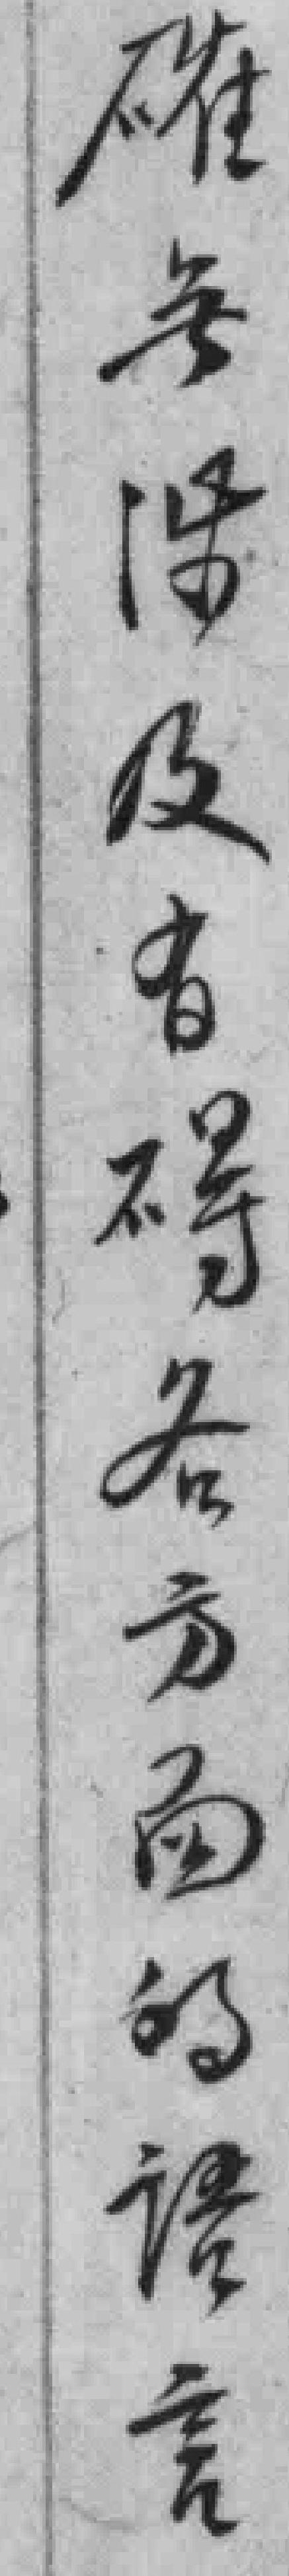
確無涉及有碍各方面的語言